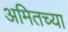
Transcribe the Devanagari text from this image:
अमितच्या